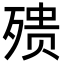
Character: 㱮